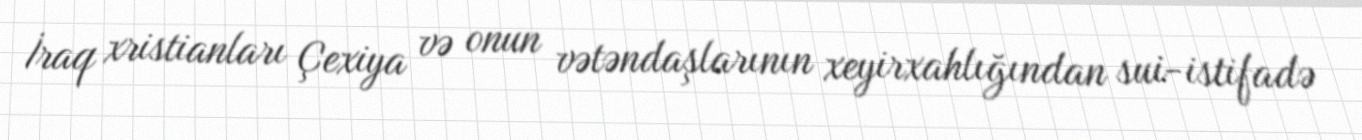
İraq xristianları Çexiya və onun vətəndaşlarının xeyirxahlığından sui-istifadə